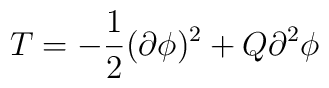
T=-{1\over 2}{(\partial\phi)^2+Q{\partial}^2\phi}